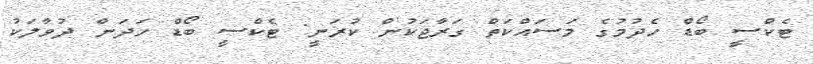
ޓެކްސީ ބޯޑް ހެދުމުގެ މަސައްކަތް ގަރާޖަކުން ކުރަނީ: ޓެކްސީ ބޯޑް ހަދަން ދުވާލަކު